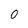
Character: 0